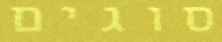
סוגים